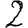
Digit: 2